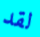
لقد